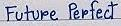
Future Perfect